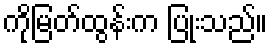
ကိုမြတ်ထွန်းက ပြုံးသည်။